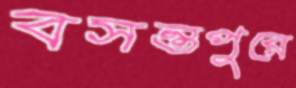
বসন্তপুরে